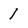
Character: 1